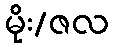
မိုး/ဇလ